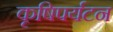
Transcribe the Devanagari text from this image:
कृषिपर्यटन